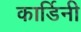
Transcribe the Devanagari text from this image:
कार्डिनी